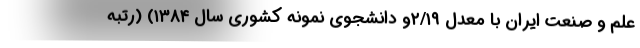
علم و صنعت ایران با معدل ۲/۱۹و دانشجوی نمونه کشوری سال ۱۳۸۴) (رتبه